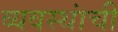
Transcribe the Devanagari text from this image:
व्यवस्थांची